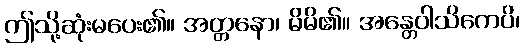
ဤသို့ဆုံးမပေး၏။ အတ္တနော၊ မိမိ၏။ အန္တေဝါသိကေပိ၊